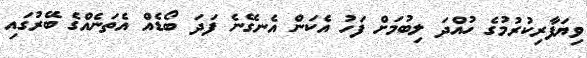
ވިޔަފާރިކުރުމުގެ ހުއްދަ ލިބުމަށް ފަހު އެކަން އެނގޭނެ ފަދަ ބޯޑެއް އެތަނެއްގެ ބޭރުގައި